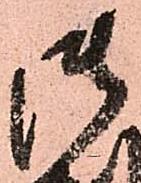
御